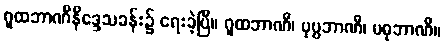
ဂူထဘာဏီနိဒ္ဒေသခန်း၌ ရေးခဲ့ပြီ။ ဂူထဘာဏီ၊ ပုပ္ပဘာဏီ၊ မဓုဘာဏီ။